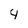
Character: 4